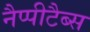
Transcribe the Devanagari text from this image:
नैप्पीटैब्स